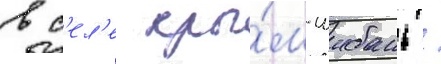
в с'ел'е кры́м-шибань /